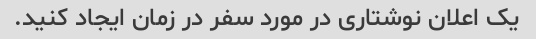
یک اعلان نوشتاری در مورد سفر در زمان ایجاد کنید.